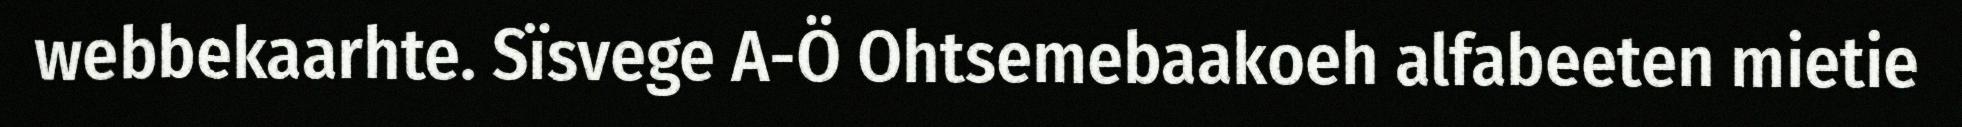
webbekaarhte. Sïsvege A-Ö Ohtsemebaakoeh alfabeeten mietie